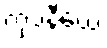
ကုပနီယေ